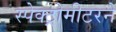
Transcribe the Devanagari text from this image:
स्पेक्ट्रोमीटरने